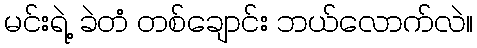
မင်းရဲ့ ခဲတံ တစ်ချောင်း ဘယ်လောက်လဲ။